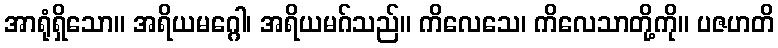
အာရုံရှိသော။ အရိယမဂ္ဂေါ၊ အရိယမဂ်သည်။ ကိလေသေ၊ ကိလေသာတို့ကို။ ပဇဟတိ